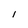
Character: 1